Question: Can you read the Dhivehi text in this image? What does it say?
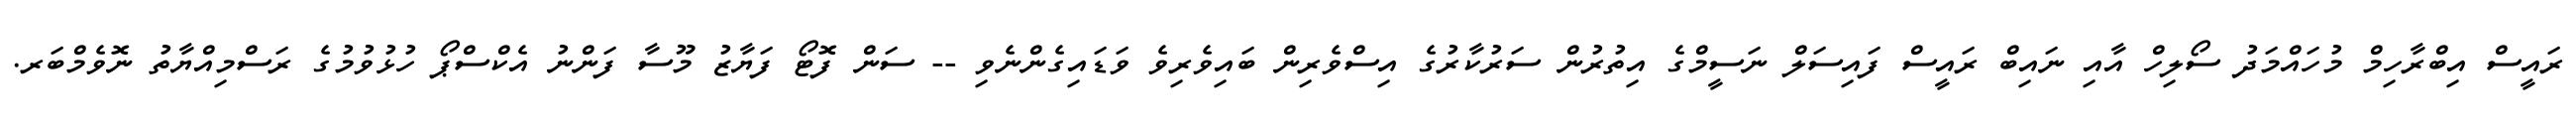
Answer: ރައީސް އިބްރާހިމް މުހައްމަދު ސޯލިހް އާއި ނައިބް ރައީސް ފައިސަލް ނަސީމްގެ އިތުރުން ސަރުކާރުގެ އިސްވެރިން ބައިވެރިވެ ވަޑައިގެންނެވި -- ސަން ފޮޓޯ ފަޔާޒު މޫސާ ފަންނު އެކްސްޕޯ ހުޅުވުމުގެ ރަސްމިއްޔާތު ނޮވެމްބަރ.